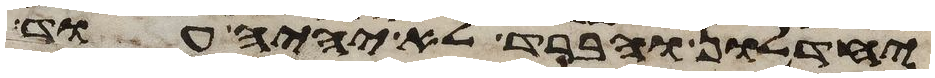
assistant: יחדלון והברד לא יהיה עוד